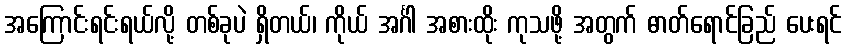
အကြောင်းရင်းရယ်လို့ တစ်ခုပဲ ရှိတယ်၊ ကိုယ် အင်္ဂါ အစားထိုး ကုသဖို့ အတွက် ဓာတ်ရောင်ခြည် ပေးရင်